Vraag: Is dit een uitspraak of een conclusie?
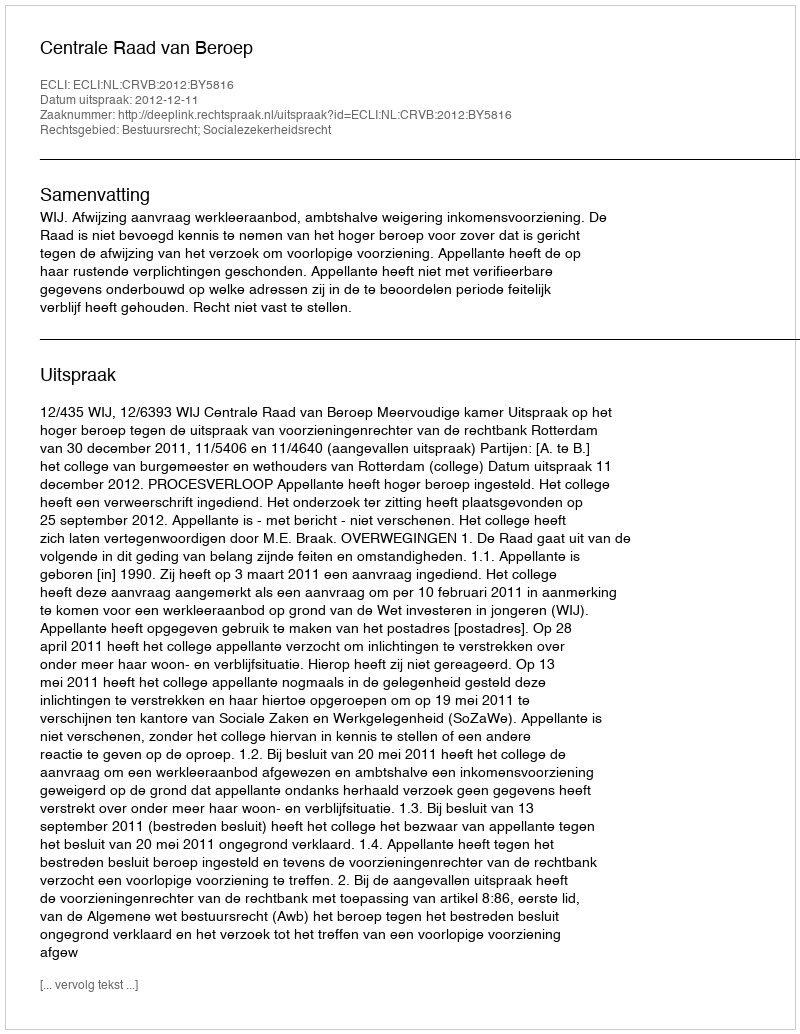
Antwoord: Uitspraak